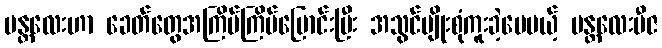
မန္တလေးဟာ ခေတ်တွေအကြိမ်ကြိမ်ပြောင်းပြီး အသွင်မျိုးစုံကူးခဲ့ပေမယ့် မန္တလေးဗီဇ